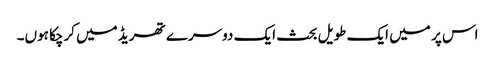
اس پر میں ایک طویل بحث ایک دوسرے تھریڈ میں کرچکا ہوں۔